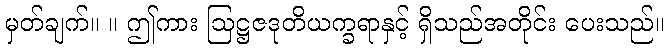
မှတ်ချက်။ ။ ဤကား ဩဋ္ဌဇဒုတိယက္ခရာနှင့် ရှိသည်အတိုင်း ပေးသည်။